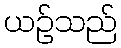
ယဉ်သည်